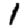
Digit: 1